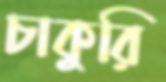
চাকুরি